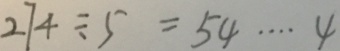
2 7 4 \div 5 = 5 4 \cdots 4